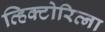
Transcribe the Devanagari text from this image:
व्हिक्टोरिव्ना